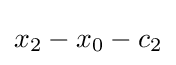
x_{2}-x_{0}-c_{2}